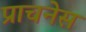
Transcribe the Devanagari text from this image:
प्राचनेस